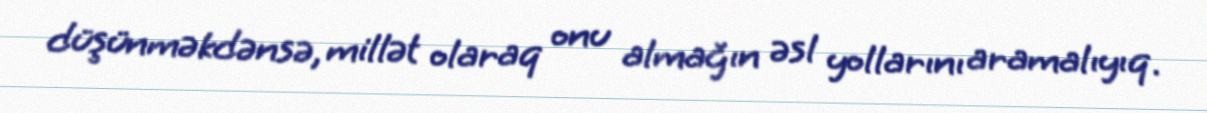
düşünməkdənsə, millət olaraq onu almağın əsl yollarını aramalıyıq.